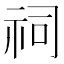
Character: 祠